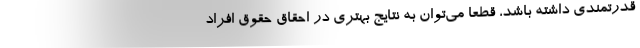
قدرتمندی داشته باشد، قطعا می‌توان به نتایج بهتری در احقاق حقوق افراد